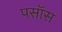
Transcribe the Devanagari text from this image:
पसॉस